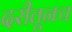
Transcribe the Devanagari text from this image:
दरीतूनच